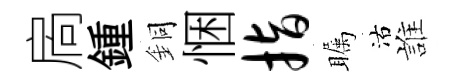
扄鍾銅悃指瞩沽誰